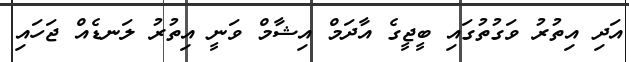
އަދި އިތުރު ވަގުތުގައި ބީޖީގެ އާދަމް އިޝާމް ވަނީ އިތުރު ލަނޑެއް ޖަހައި